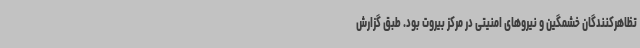
تظاهرکنندگان خشمگین و نیروهای امنیتی در مرکز بیروت بود. طبق گزارش